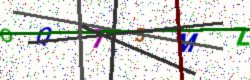
Text: OQ75MZ